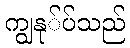
ကျွနု်ပ်သည်